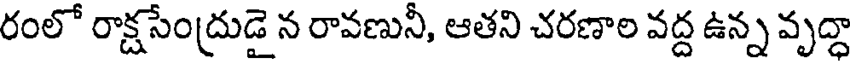
రంలో రాక్షసేంద్రుడై న రావణునీ, ఆతని చరణాల వద్ద ఉన్న వృద్ధా